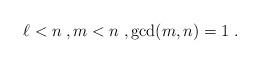
LaTeX: \begin{align*}\ell < n \;, m < n \;, \gcd(m,n) = 1 \;.\end{align*}